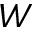
W